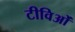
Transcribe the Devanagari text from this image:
टीविओं